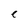
Character: c